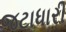
જટાધારી